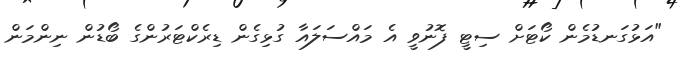
"އަޅުގަނޑުމެން ކޯޓަށް ސިޓީ ފޮނުވީ އެ މައްސަލައާ ގުޅިގެން ޑިރެކްޓަރުންގެ ބޯޑުން ނިންމަން